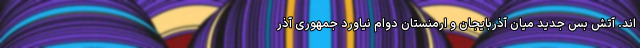
اند. آتش بس جدید میان آذربایجان و ارمنستان دوام نیاورد جمهوری آذر